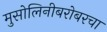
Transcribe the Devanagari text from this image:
मुसोलिनीबरोबरचा